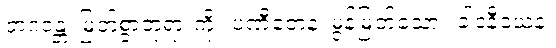
ဘဂဝန္တံ၊ မြတ်စွာဘုရားကို။ ပဏီတေန၊ မွန်မြတ်သော။ ခါဒနီယေန၊